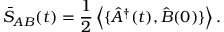
\bar { S } _ { A B } ( t ) = \frac { 1 } { 2 } \left\langle { \{ \hat { A } ^ { \dagger } ( t ) , \hat { B } ( 0 ) \} } \right\rangle .